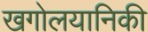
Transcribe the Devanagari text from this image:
खगोलयानिकी